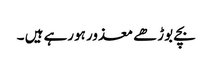
بچے بوڑھے معذور ہورہے ہیں ۔